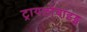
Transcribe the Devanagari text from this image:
ट्रायलोबाइड्स